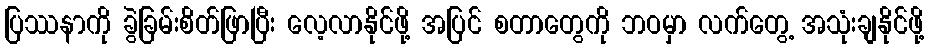
ပြဿနာကို ခွဲခြမ်းစိတ်ဖြာပြီး လေ့လာနိုင်ဖို့ အပြင် စတာတွေကို ဘဝမှာ လက်တွေ့ အသုံးချနိုင်ဖို့